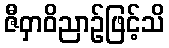
ဇီဝှာဝိညာဉ်ဖြင့်သိ